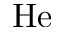
\mathrm { H e }